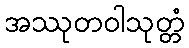
အဿုတဝါသုတ္တံ